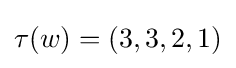
\tau (w)=(3,3,2,1)